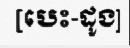
[បេះ-ដូង]